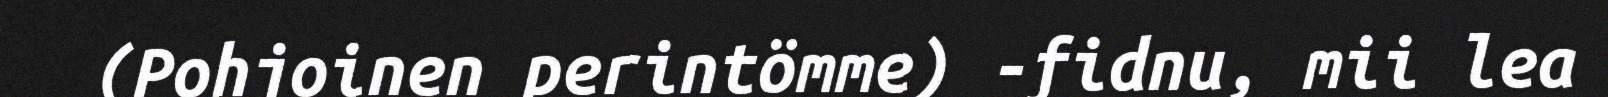
(Pohjoinen perintömme) -fidnu, mii lea